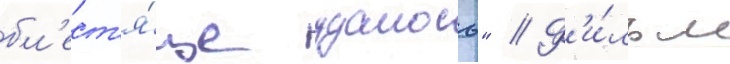
бл'ест'я́ще удалось" // Ф'и́льм